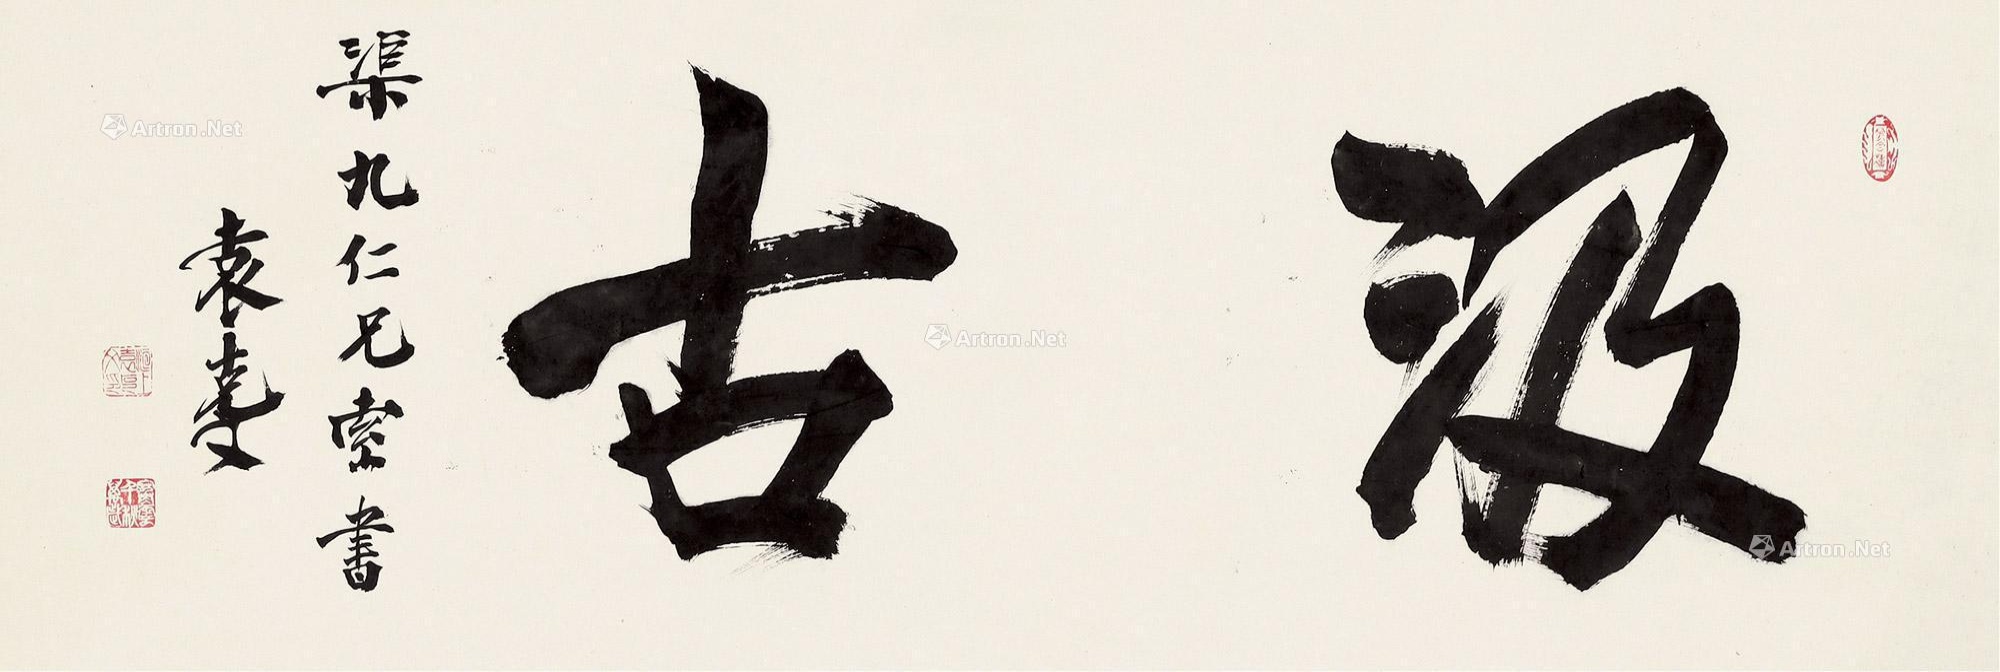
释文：汲古。渠九仁兄室书。袁克文。